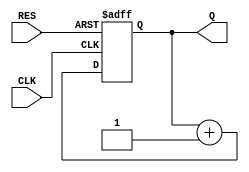
module counter(CLK, RES, Q);
input CLK, RES;
output [3:0] Q;

wire CLK, RES;
reg [3:0] Q;

always @(posedge CLK or negedge RES)
  if (RES == 1'b0)
    Q = 4'd0;
//  else if (Q == 4'd9)
//    Q = 4'd0;
  else
    Q = Q + 4'd1;

endmodule